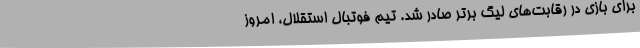
برای بازی در رقابت‌های لیگ برتر صادر شد. تیم فوتبال استقلال، امروز